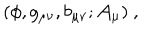
( \phi , g _ { \mu \nu } , b _ { \mu \nu } ; { \cal A } _ { \mu } ) \ ,